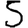
Digit: 5